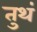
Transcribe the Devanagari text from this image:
तुथं